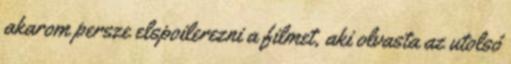
akarom persze elspoilerezni a filmet, aki olvasta az utolsó